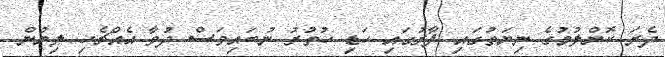
ދެރަ ކޮށްލުމުގެ ނިޔަތުގައި ފާރުގައި ހަޑި ހުތުރު ނުބައިވަސް ދުވާ އެއްޗެހި ލިޔުން